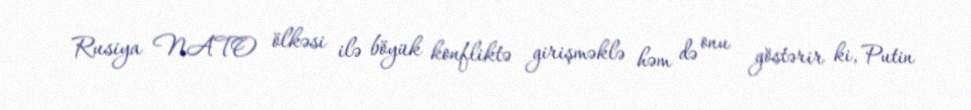
Rusiya NATO ölkəsi ilə böyük konfliktə girişməklə həm də onu göstərir ki, Putin